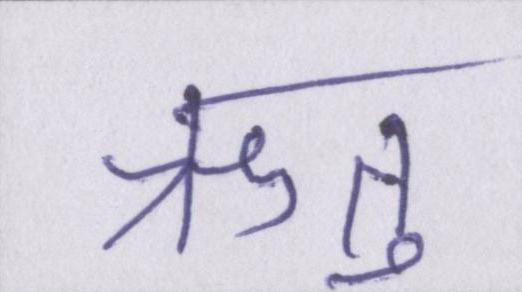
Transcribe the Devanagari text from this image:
ऋतु